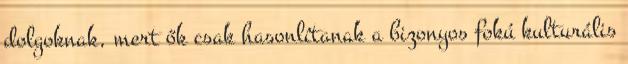
dolgoknak, mert ők csak hasonlítanak a bizonyos fokú kulturális